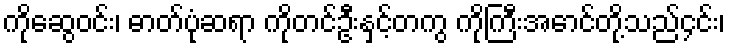
ကိုဆွေဝင်း၊ ဓာတ်ပုံဆရာ ကိုတင်ဦးနှင့်တကွ ကိုကြီးအောင်တို့သည်၄င်း၊